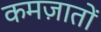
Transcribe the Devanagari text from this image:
कमज़ातों